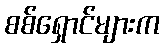
စစ်ရှောင်များက